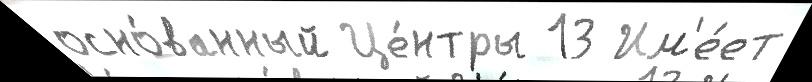
осно́ванный Це́нтры 13 Им'е́ет